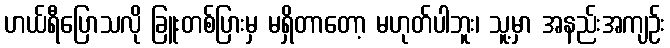
ဟယ်ရီပြောသလို ခြူးတစ်ပြားမှ မရှိတာတော့ မဟုတ်ပါဘူး၊ သူ့မှာ အနည်းအကျဉ်း